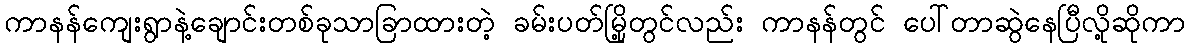
ကာနန်ကျေးရွာနဲ့ချောင်းတစ်ခုသာခြာထားတဲ့ ခမ်းပတ်မြို့တွင်လည်း ကာနန်တွင် ပေါ်တာဆွဲနေပြီလို့ဆိုကာ